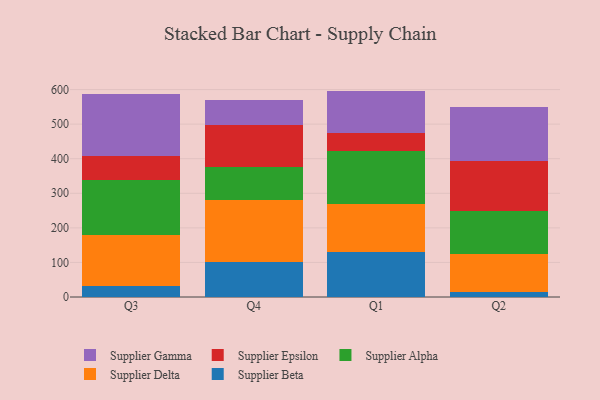
{"axis": {"x": "Quarter", "y": "Tickets Resolved"}, "legend": ["Supplier Alpha", "Supplier Beta", "Supplier Delta", "Supplier Epsilon", "Supplier Gamma"], "data": [{"x": "Q3", "y": 31.7, "type": "Supplier Beta"}, {"x": "Q3", "y": 148.5, "type": "Supplier Delta"}, {"x": "Q3", "y": 157.7, "type": "Supplier Alpha"}, {"x": "Q3", "y": 70.3, "type": "Supplier Epsilon"}, {"x": "Q3", "y": 179.8, "type": "Supplier Gamma"}, {"x": "Q4", "y": 101.9, "type": "Supplier Beta"}, {"x": "Q4", "y": 179.5, "type": "Supplier Delta"}, {"x": "Q4", "y": 94.6, "type": "Supplier Alpha"}, {"x": "Q4", "y": 121.5, "type": "Supplier Epsilon"}, {"x": "Q4", "y": 72.0, "type": "Supplier Gamma"}, {"x": "Q1", "y": 129.1, "type": "Supplier Beta"}, {"x": "Q1", "y": 138.5, "type": "Supplier Delta"}, {"x": "Q1", "y": 153.3, "type": "Supplier Alpha"}, {"x": "Q1", "y": 52.1, "type": "Supplier Epsilon"}, {"x": "Q1", "y": 123.3, "type": "Supplier Gamma"}, {"x": "Q2", "y": 15.1, "type": "Supplier Beta"}, {"x": "Q2", "y": 110.5, "type": "Supplier Delta"}, {"x": "Q2", "y": 123.2, "type": "Supplier Alpha"}, {"x": "Q2", "y": 145.7, "type": "Supplier Epsilon"}, {"x": "Q2", "y": 154.0, "type": "Supplier Gamma"}]}